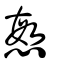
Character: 慜